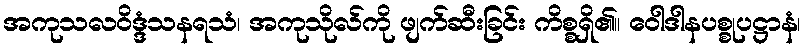
အကုသလဝိဒ္ဒံသနရသံ၊ အကုသိုလ်ကို ဖျက်ဆီးခြင်း ကိစ္စရှိ၏။ ဝေါဒါနပစ္စုပဋ္ဌာနံ၊